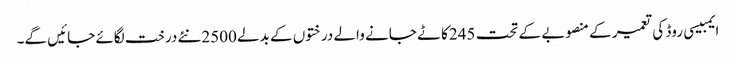
ایمبیسی روڈ کی تعمیر کے منصوبے کے تحت 245کاٹے جانے والے درختوں کے بدلے 2500نئے درخت لگائے جائیں گے۔